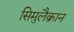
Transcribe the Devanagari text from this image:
सिमुलैक्रान